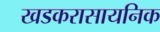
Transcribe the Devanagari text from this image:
खडकरासायनिक